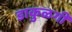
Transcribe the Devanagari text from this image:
डाकुळगी